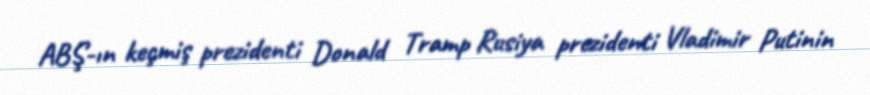
ABŞ-ın keçmiş prezidenti Donald Tramp Rusiya prezidenti Vladimir Putinin